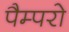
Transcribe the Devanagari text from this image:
पैम्परो